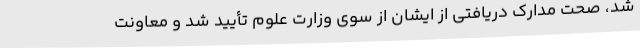
شد، صحت مدارک دریافتی از ایشان از سوی وزارت علوم تأیید شد و معاونت